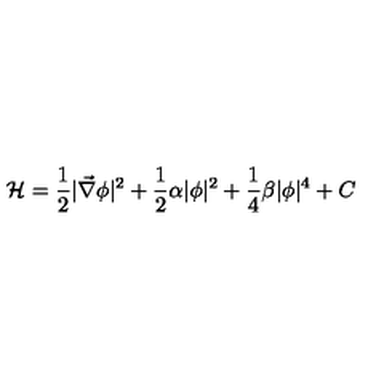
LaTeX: { \mathcal H } = \frac { 1 } { 2 } | \vec { \nabla } \phi | ^ { 2 } + \frac { 1 } { 2 } \alpha | \phi | ^ { 2 } + \frac { 1 } { 4 } \beta | \phi | ^ { 4 } + C